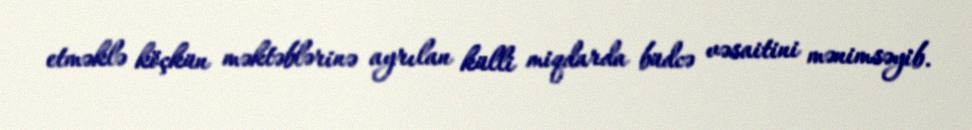
etməklə köçkün məktəblərinə ayrılan külli miqdarda büdcə vəsaitini mənimsəyib.